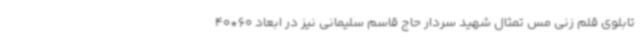
تابلوی قلم زنی مس تمثال شهید سردار حاج قاسم سلیمانی نیز در ابعاد 60*40